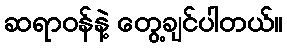
ဆရာဝန်နဲ့ တွေ့ချင်ပါတယ်။